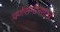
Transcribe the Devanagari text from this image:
वर्णसमीरणाचे